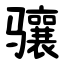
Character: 骧